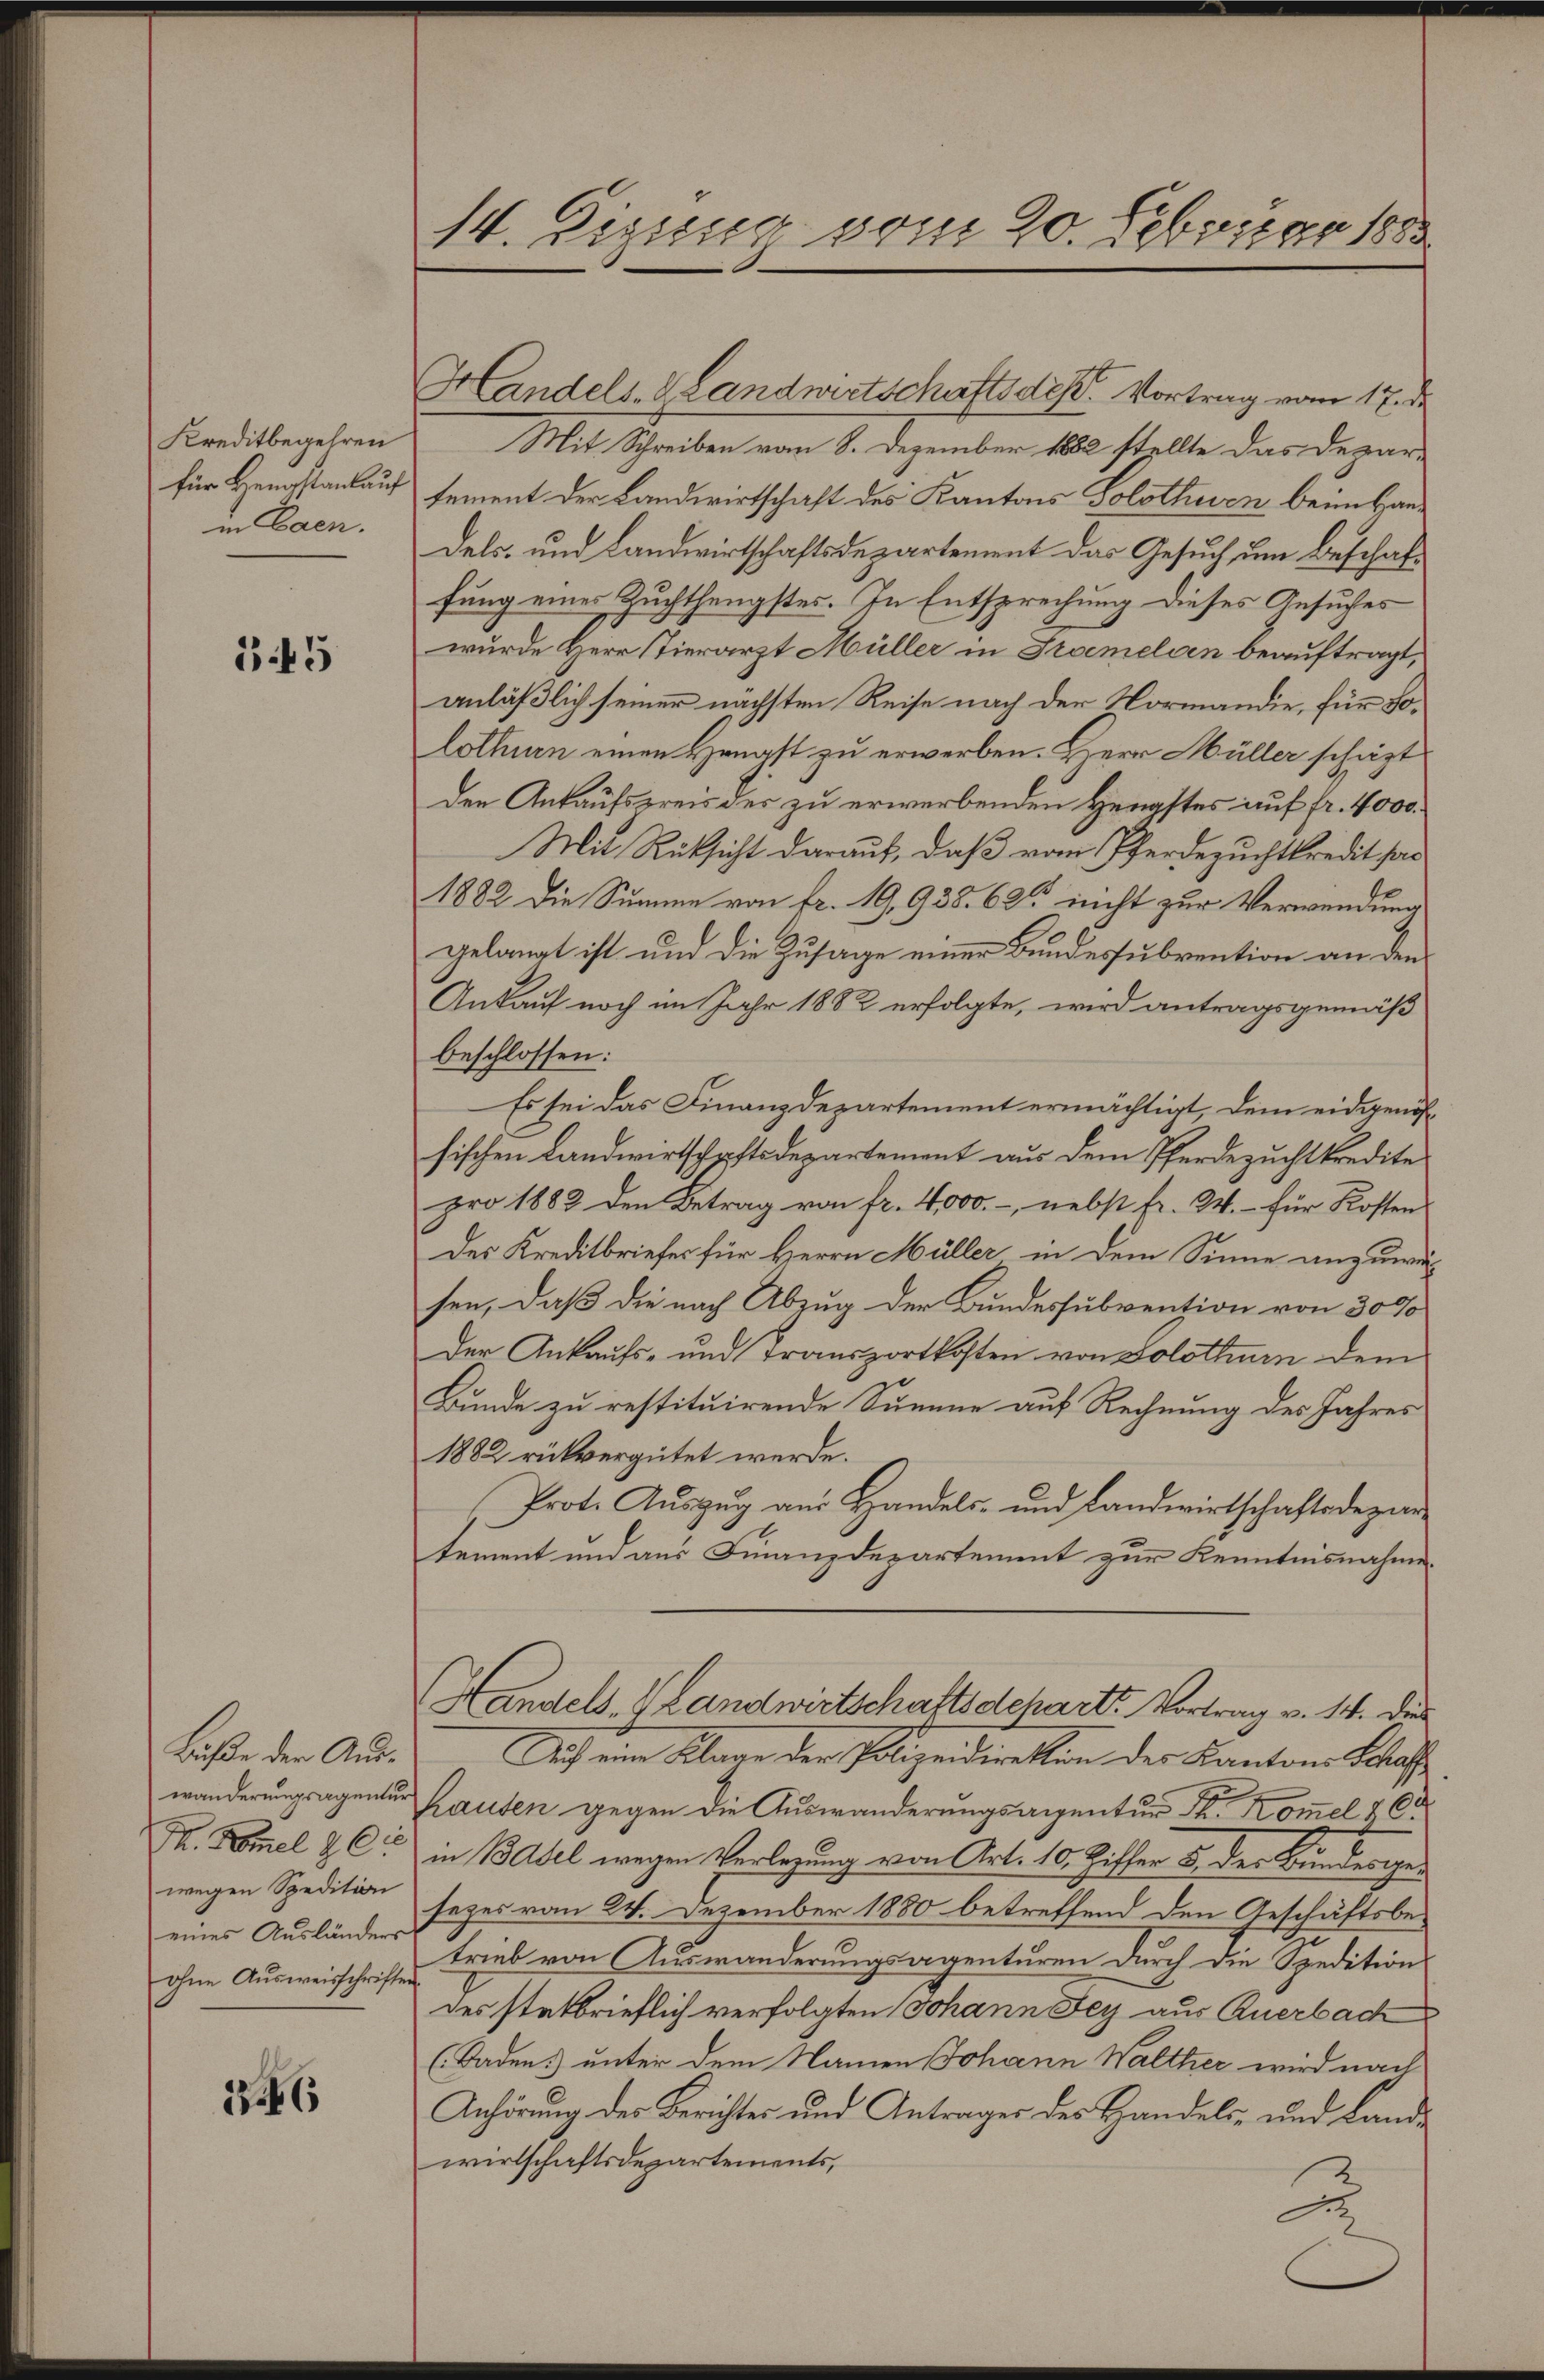
Kreditbegehren
für Hengstankauf
in Caen.

345

Buße der Auswänderungsagentur
M. Komel & C
wegen Spedition
eines Ausländers
ohne Ausweisschriften

26

8
14. Dizung vom 20. Februar 1883

Handels- Landwirtschaftsdes Vortrag vom 17. de
Mit Schreiben vom 8. Dezember 1882 stellte das Departement der Landwirtschaft des Kantons Solothurn beim Haudels- und Landwirtschaftsdepartement das Gesuch um Beschaffung eines Zuchthengstes. In Entsprechung dieses Ansuches
wurde Herr Tierarzt Müller in Tramelden beauftragt,
anläßlich seiner nächsten Reise nach der Normandie, für Solothurn einen Hengst zu erwerben. Herr Müller schäft
den Ankaufspreis des zu erwerbenden Hengstes auf fr. 4000
Mit Rücksicht darauf, daß vom Pferdezuchtkredit has
1882 die Summe von fr. 19, 938. 62 nicht zur Verwendung
gelangt ist und die Zusage einer Bundessubvention an den
Ankauf noch im Jahr 1882 erfolgte, wird antragsgemäß
beschlossen:
Es sei das Finanzdepartement ermächtigt, dem eidgenössischen Landwirtschaftsdepartement aus dem Pferdezuchtkredite
pro 1882 den Betrag von fr. 4,000.-, nebst fr. W. – für Kosten
Der Kreditbriefes für Herrn Müller in dem Sinne anzuwer
sen, daß die nach Abzug der Bundessubvention von 3000
Der Ankaufs- und Transportkosten von Solothurn dem
Bunde zu restituirende Summe auf Rechnung des Jahres
1882 rükvergütet werde.
Prote Auszug an Handels- und Landwirtschaftsdepar-
tement und aus Finanzdepartement zur Kenntnisnahme
Handels- Landwirtschaftsdcharts Vortrag v. 14. dies
Dich ein Klage der Polizeidirektion der Kantons Blase
hauten gegen die Auswanderungsangentur der Kom̅el & C
in Basel wegen Verlegung von Art. 10. Ziffer 5. der Bundesgesezes vom 24. Dezember 1880 betreffend den Geschäftsbetrieb von Auswanderungsagenturen durch die Spedition
des statbrieflich verfolgten Johann Fey aus Anerbach
(Baden, unter dem Namen Johann Walther wird nach
Anhörung des Berichtes und Antrages des Handels- und Landwirtschaftsdepartements,
2